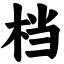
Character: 档